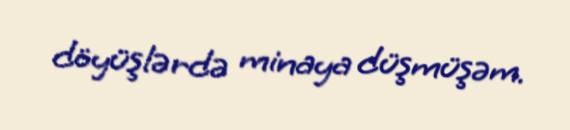
döyüşlərdə minaya düşmüşəm.